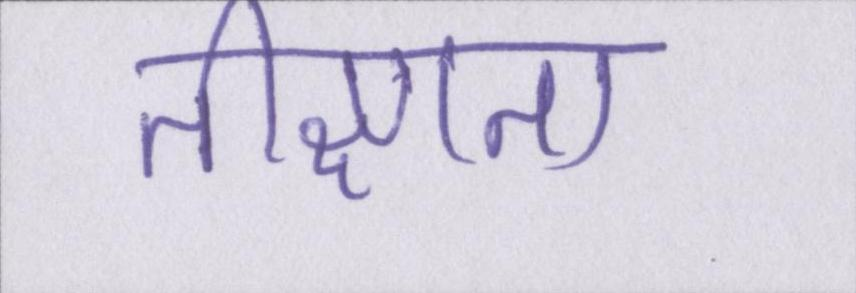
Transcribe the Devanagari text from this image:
तीक्ष्णता